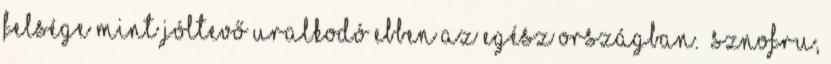
felsége mint jóltevő uralkodó ebben az egész országban.» Sznofru,